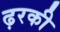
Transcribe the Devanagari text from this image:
ढ़रकी